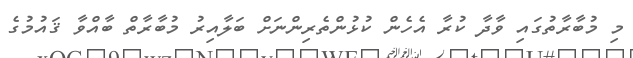
މި މުބާރާތުގައި ވާދާ ކުރާ އެހެން ކުޅުންތެރިންނަށް ބަލާއިރު މުބާރާތް ބާއްވާ ޤައުމުގެ